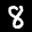
Label: 8